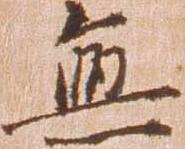
無